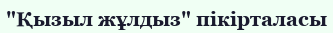
"Қызыл жұлдыз" пікірталасы